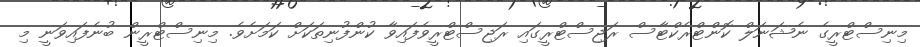
މިނިސްޓްރީގެ ނެޝަނަލް ކޮންޓްރެކްޓާސް ރަޖިސްޓްރީގައި ރަޖިސްޓްރީވެފައިވާ ކުންފުނިތަކަށް ކަމަށެވެ. މިނިސްޓްރީން ބުނެފައިވަނީ މި